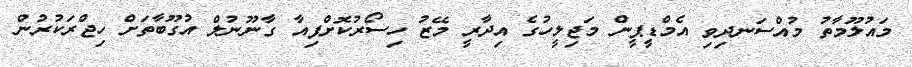
މައުލޫމާތު މުއްސަނދިވި އެމްޑީޕީން މަޖިލީހުގެ އިދާރީ މޭޒު ހިސޯރުކޮށްފިއާ ގާނޫނުލް އުގޫބާތަށް ހިޖްރަކުރުން